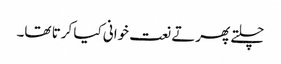
چلتے پھرتے نعت خوانی کیا کرتا تھا۔